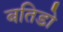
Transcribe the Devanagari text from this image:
बतिडो